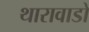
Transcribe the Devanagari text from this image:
थारावाडों